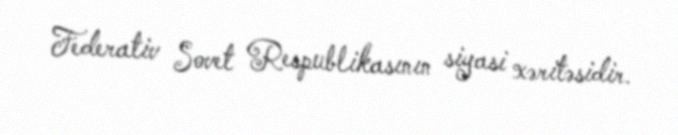
Federativ Sovet Respublikasının siyasi xəritəsidir.